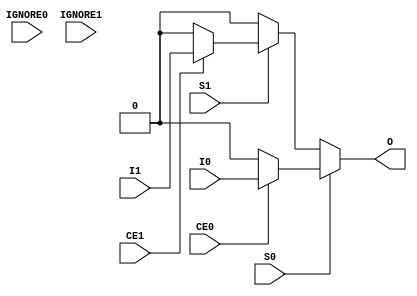
module BUFGCTRL(
    (* clkbuf_driver *)
    output O,
    input I0, input I1,
    (* invertible_pin = "IS_S0_INVERTED" *)
    input S0,
    (* invertible_pin = "IS_S1_INVERTED" *)
    input S1,
    (* invertible_pin = "IS_CE0_INVERTED" *)
    input CE0,
    (* invertible_pin = "IS_CE1_INVERTED" *)
    input CE1,
    (* invertible_pin = "IS_IGNORE0_INVERTED" *)
    input IGNORE0,
    (* invertible_pin = "IS_IGNORE1_INVERTED" *)
    input IGNORE1);
parameter [0:0] INIT_OUT = 1'b0;
parameter PRESELECT_I0 = "FALSE";
parameter PRESELECT_I1 = "FALSE";
parameter [0:0] IS_CE0_INVERTED = 1'b0;
parameter [0:0] IS_CE1_INVERTED = 1'b0;
parameter [0:0] IS_S0_INVERTED = 1'b0;
parameter [0:0] IS_S1_INVERTED = 1'b0;
parameter [0:0] IS_IGNORE0_INVERTED = 1'b0;
parameter [0:0] IS_IGNORE1_INVERTED = 1'b0;
wire I0_internal = ((CE0 ^ IS_CE0_INVERTED) ? I0 : INIT_OUT);
wire I1_internal = ((CE1 ^ IS_CE1_INVERTED) ? I1 : INIT_OUT);
wire S0_true = (S0 ^ IS_S0_INVERTED);
wire S1_true = (S1 ^ IS_S1_INVERTED);
assign O = S0_true ? I0_internal : (S1_true ? I1_internal : INIT_OUT);
endmodule